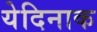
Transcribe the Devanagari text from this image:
येदिनाक